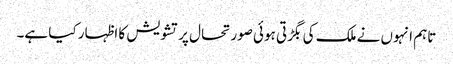
تاہم انہوں نے ملک کی بگڑتی ہوئی صورتحال پر تشویش کا اظہار کیا ہے۔